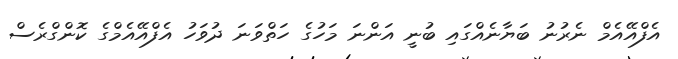
އެފްއޭއެމް ނެރުނު ބަޔާނެއްގައި ބުނީ އަންނަ މަހުގެ ހަތްވަނަ ދުވަހު އެފްއޭއެމްގެ ކޮންގްރެސް